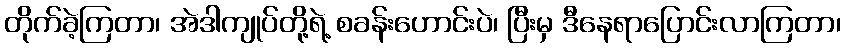
တိုက်ခဲ့ကြတာ၊ အဲဒါကျုပ်တို့ရဲ့ စခန်းဟောင်းပဲ၊ ပြီးမှ ဒီနေရာပြောင်းလာကြတာ၊